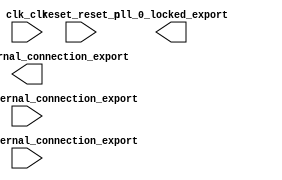

module UART_Demo (
	clk_clk,
	pll_0_locked_export,
	reset_reset_n,
	pio_led_external_connection_export,
	pio_switch_external_connection_export,
	pio_button_external_connection_export);	

	input		clk_clk;
	output		pll_0_locked_export;
	input		reset_reset_n;
	output	[7:0]	pio_led_external_connection_export;
	input	[2:0]	pio_switch_external_connection_export;
	input	[1:0]	pio_button_external_connection_export;
endmodule